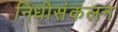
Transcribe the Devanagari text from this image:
निधीसंकलन